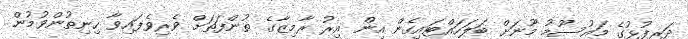
ދަރިފުޅުގެ މައުސޫމު މޫނަށް ބަލަހައްޓައިގެން އިން އިރު ރާމިޒާގެ ތުންފަތަށް ވެރިވެފައިވާ ހިނިތުންވުމުން